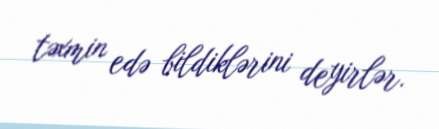
təxmin edə bildiklərini deyirlər.